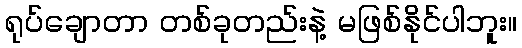
ရုပ်ချောတာ တစ်ခုတည်းနဲ့ မဖြစ်နိုင်ပါဘူး။